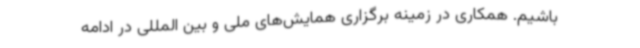
باشیم. همکاری در زمینه برگزاری همایش‌های ملی و بین المللی در ادامه